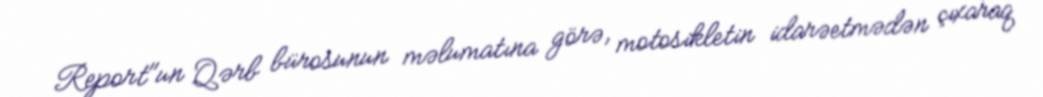
Report"un Qərb bürosunun məlumatına görə, motosikletin idarəetmədən çıxaraq